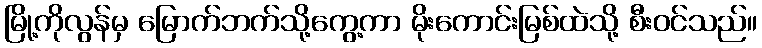
မြို့ကိုလွန်မှ မြောက်ဘက်သို့ကွေ့ကာ မိုးကောင်းမြစ်ထဲသို့ စီးဝင်သည်။